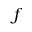
f